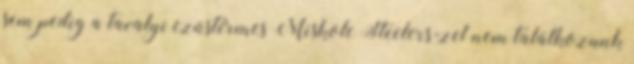
sem pedig a tavalyi ezüstérmes Miskolc Steelers-zel nem találkozunk